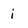
Character: i